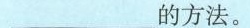
___的方法。